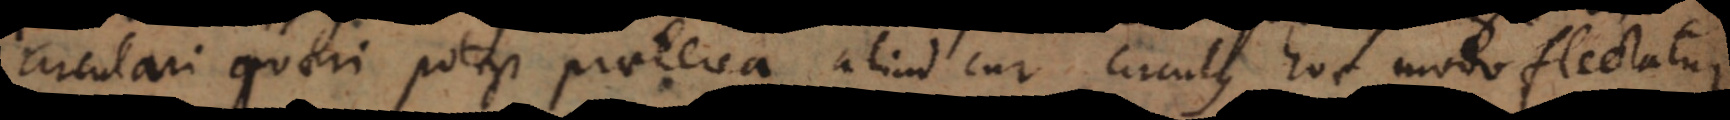
circulari quaeri potest praeterea aliud cur circulus hoc modo flectatur